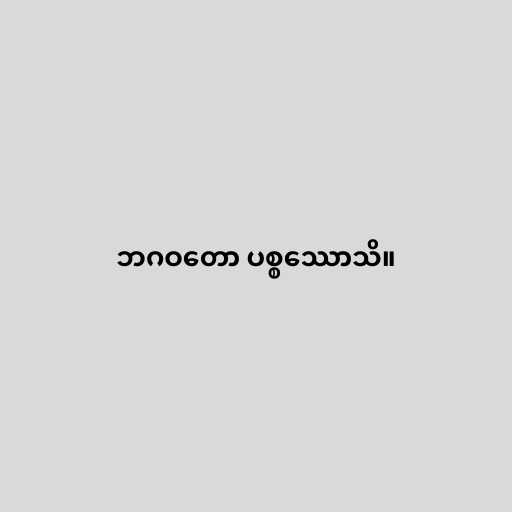
ဘဂဝတော ပစ္စဿောသိ။